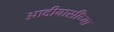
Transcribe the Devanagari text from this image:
आदीवासींच्या